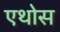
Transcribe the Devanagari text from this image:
एथोस